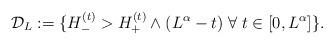
LaTeX: \begin{align*}\mathcal{D}_L := \{ H^{(t)}_- > H^{(t)}_+ \wedge (L^{\alpha}-t) \;\forall\; t \in [0,L^\alpha]\}.\end{align*}